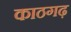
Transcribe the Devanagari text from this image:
काठगढ़